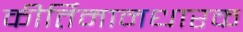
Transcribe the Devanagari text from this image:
कीर्तिमानधारक